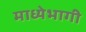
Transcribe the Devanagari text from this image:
माध्येभागी